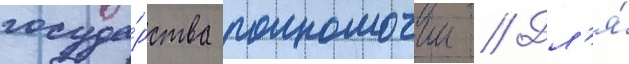
госуда́рства полномочии // Дл'я́